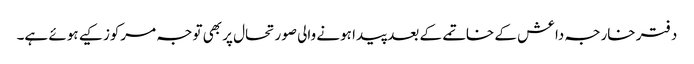
دفتر خارجہ داعش کے خاتمے کے بعد پیدا ہونے والی صورتحال پر بھی توجہ مرکوز کیے ہوئے ہے۔